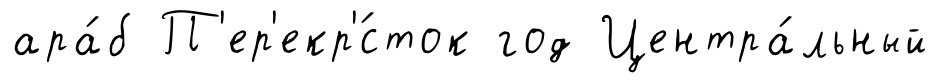
ара́б П'ер'екр'́сток год Центра́льный